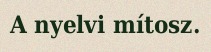
A nyelvi mítosz.